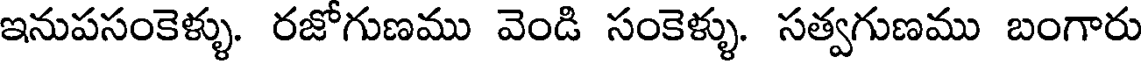
ఇనుపసంకెళ్ళు. రజోగుణము వెండి సంకెళ్ళు. సత్వగుణము బంగారు